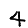
Digit: 4